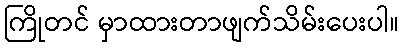
ကြိုတင် မှာထားတာဖျက်သိမ်းပေးပါ။